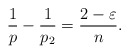
\begin{align*} \frac{1}{p}-\frac{1}{p_2}=\frac{2-\varepsilon}{n}. \end{align*}